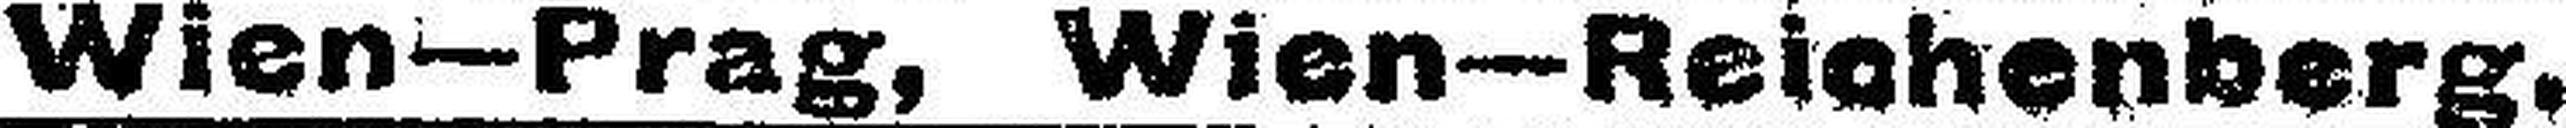
Wien-Prag, Wien—Reichenberg.